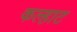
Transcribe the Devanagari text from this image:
कल्हाट